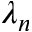
\lambda _ { n }